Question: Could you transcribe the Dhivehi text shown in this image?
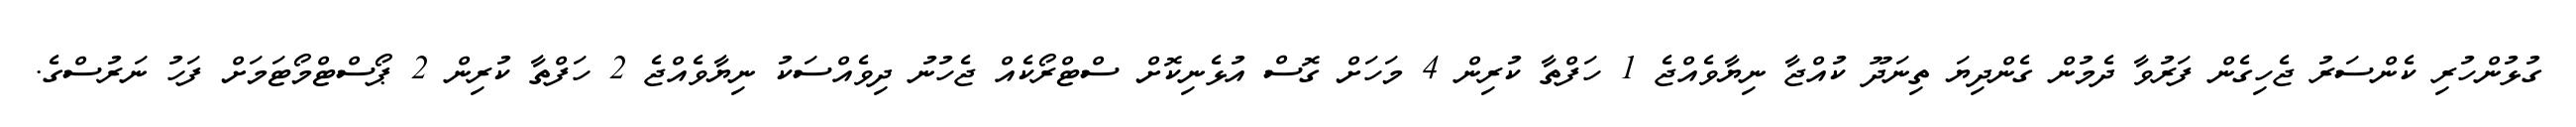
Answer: ގުޅުންހުރި ކެންސަރު ޖެހިގެން ފަރުވާ ދެމުން ގެންދިޔަ ތިނަދޫ ކުއްޖާ ނިޔާވެއްޖެ 1 ހަފްތާ ކުރިން 4 މަހަށް ގޮސް އުޅެނިކޮށް ސްޓްރޯކެއް ޖެހުނު ދިވެއްސަކު ނިޔާވެއްޖެ 2 ހަފްތާ ކުރިން 2 ޕޯސްޓްމޯޓަމަށް ފަހު ނަރުސްގެ.